Report of the Indian Hemp Drugs Commission, 1894-1895 - Volume VII
Year: 1894
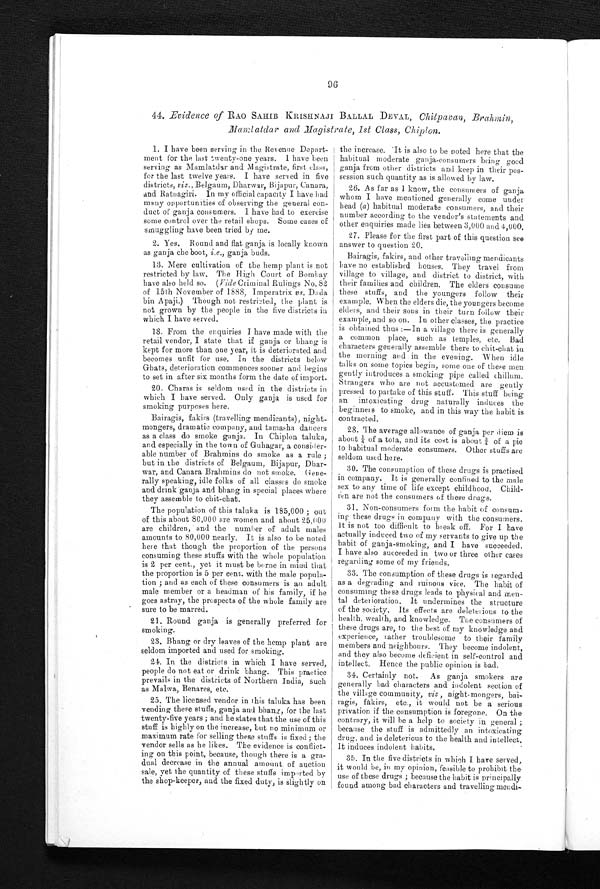
44. E vidence of RAO SAHIB KRISHNAJI BALLAL DEVAL, Chitpavan, Brahmin,
Mamlatdar and Magistrate, 1st Class, Chiplon.
1. I have been serving in the Revenue Depart
- m e n t f o r t h e l a s t t w e n t y - o n e y e a r s . I h a v e b e e n
serving as Mamlatdar and Magistrate, first class,
for the last twelve years. I have served in five
districts, viz., Be l g a u m, Dh a r wa r , Bi j a p u r , Ca n a r a ,
and Ratnagiri. In my official capacity I have had
many opportunities of observing the general con
- d u c t o f g a n j a c o n s u m e r s . I h a v e h a d t o e x e r c i s e
some control over the retail shops. Some cases of
smuggling have been tried by me.
2. Yes. Round and flat ganja is locally known
as ganja che boot, i.e., ganja buds.
13. Mere cultivation of the hemp plant is not
restricted by law. The High Court of Bombay
have also held so. ( Vide Criminal Rulings No. 82
of 15th November of 1888, Imperatrix vs. Dada
bin Apaji.) Though not restricted, the plant is
not grown by the people in the five districts in
which I have served.
18. From the enquiries I have made with the
retail vendor, I state that if ganja or bhang is
kept for more than one year, it is deteriorated and
becomes unfit for use. In the districts below
Ghats, deterioration commences sooner and begins
to set in after six months form the date of import.
20. Charas is seldom used in the districts in
which I have served. Only ganja is used for
smoking purposes here.
Bairagis, fakirs (travelling mendicants), night
- m o n g e r s , d r a m a t i e c o m p a n y , a n dt
a m a s h a
d a n c e r s
as a class do smoke ganja. In Chiplon taluka,
and especially in the town of Guhagar, a consider
- a b l e
n u m b e r o f B r a h m i n s d o s m o k e a s a r u l e ;
but in the districts of Belgaum, Bijapur, Dhar--
war, and Canara Brahmins do not smoke. Gene--
rally speaking, idle folks of all classes do smoke
and drink ganja and bhang in special places where
they assemble to chit-chat.
The population of this taluka is 185,000; out
of this about 80,000 are women and about 25,000
are children, and the number of adult males
amounts to 80,000 nearly. It is also to be noted
here that though the proportion of the persons
consuming these stuffs with the whole population
is 2 per cent., yet it must be borne in mind that
the proportion is 5 per cent. with the male popula--
tion; and as each of these consumers is an adult
male member or a headman of his family, if he
goes astray, the prospects of the whole family are
sure to be marred.
21. Round ganja is generally preferred for
smoking.
23. Bhang or dry leaves of the hemp plant are
seldom imported and used for smoking.
24. In the districts in which I have served,
people do not eat or drink bhang. This practice
prevails in the districts of Northern India, such
as Malwa, Benares, etc.
25. The licensed vendor in this taluka has been
vending these stuffs, ganja and bhang, for the last
twenty-five years ; and he states that the use of this
stuff is highly on the increase, but no minimum or
maximum rate for selling these stuffs is fixed; the
vendor sells as he likes. The evidence is conflict--
ing on this point, because, though there is a gra--
dual decrease in the annual amount of auction
sale, yet the quantity of these stuffs imported by
the shop-keeper, and the fixed duty, is slightly on
the increase. It is also to be noted here that the
habitual moderate ganja-consumers bring good
ganja from other districts and keep in their pos--
session such quantity as is allowed by law.
26. As far as I know, the consumers of ganja
whom I have mentioned generally come under
head (a) habitual moderate consumers, and their
number according to the vendor's statements and
other enquiries made lies between 3,000 and 4,000.
27. Please for the first part of this question see
answer to question 20.
Bairagis, fakirs, and other travelling mendicants
have no established houses. They travel from
village to village, and district to district, with
their families and children. The elders consume
these stuffs, and the youngers follow their
example. When the elders die, the youngers become
elders, and their sons in their turn follow their
example, and so on. In other classes, the practice
is obtained thus :—In a village there is generally
a common place, such as temples, etc. Bad
characters generally assemble there to chit-chat in
the morning and in the evening. 'When idle
talks on some topics begin, some one of these men
gently introduces a smoking pipe called chillum.
Strangers who are not accustomed are gently
pressed to partake of this stuff. This stuff being
an intoxicating drug naturally induces the
beginners to smoke, and in this way the habit is
contracted.
28. The average allowance of ganja, per diem is
about ¼o f a t o t a , a n d i t s c o s t i s a b o u t ¾ o f a p i e
to habitual moderate consumers. Other stuffs are
seldom used here.
30. The consumption of these drugs is practised
in company. It is generally confined to the male
sex to any time of life except childhood, Child--
ren are not the consumers of these drugs.
31. Non-consumers form the habit of consu
m - i n g t h e s e d r u g s i n c o m p a n y w i t h t h e c o n s u m e r s .
it is not too difficult to break off. For I have
actually induced two of my servants to give up the
habit of ganja-smoking, and I have succeeded.
I have also succeeded in two or three other cases
regarding some of my friends.
33. The consumption of these drugs is regarded
as a degrading and ruinous vice. The habit of
consuming these drugs leads to physical and men
- t a l d e t e r i o r a t i o n . I t u n d e r m i n e s t h e s t r u c t u r e
of the society. Its effects are deleterious to the
health, wealth, and knowledge. The consumers of
these drugs are, to the best of my knowledge and
experience, father troublesome to their family
members and neighbours. They become indolent,
and they also become deficient in self-control and
intellect. Hence the public opinion is bad.
34. Certainly not. As ganja smokers are
generally bad characters and indolent section of
the village community, viz , night-mongers, ba
- r a g i s , f a k i r s , e t c . , i t w o u l d n o t b e a s e r i o u s
privation if the consumption is foregone. On the
contrary, it will he a help to society in general ;
because the stuff is admittedly an intoxicating
drug, and is deleterious to the health and intellect,
It induces indolent habits.
35. In the five districts in which I have served,
it would be, in my opinion, feasible to prohibit the
use of these drugs ; because the habit is principally
found among bad characters and travelling mendi-